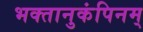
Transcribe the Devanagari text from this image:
भक्तानुकंपिनम्